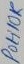
Text: POH10K